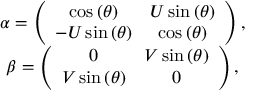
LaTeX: \begin{array} { c } { { \alpha = \left( \begin{array} { c c } { { \cos \left( \theta \right) } } & { { U \sin \left( \theta \right) } } \\ { { - U \sin \left( \theta \right) } } & { { \cos \left( \theta \right) } } \end{array} \right) , } } \\ { { \beta = \left( \begin{array} { c c } { { 0 } } & { { V \sin \left( \theta \right) } } \\ { { V \sin \left( \theta \right) } } & { { 0 } } \end{array} \right) , } } \end{array}